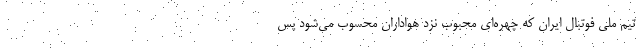
تیم ملی فوتبال ایران که چهره‌ای محبوب نزد هواداران محسوب می‌شود پس